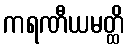
ကရဏီယမတ္ထိ